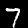
Digit: 7